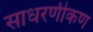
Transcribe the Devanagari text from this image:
साधरणीकण